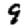
Digit: 9